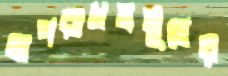
অপরাধসমূহের